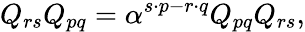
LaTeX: Q_{rs}Q_{pq}=\alpha^{s\cdot p-r\cdot q}Q_{pq}Q_{rs},